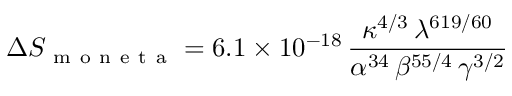
\Delta S _ { \mathrm { ~ m ~ o ~ n ~ e ~ t ~ a ~ } } = 6 . 1 \times 1 0 ^ { - 1 8 } \, \frac { \kappa ^ { 4 / 3 } \, \lambda ^ { 6 1 9 / 6 0 } } { \alpha ^ { 3 4 } \, \beta ^ { 5 5 / 4 } \, \gamma ^ { 3 / 2 } }